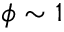
\phi \sim 1